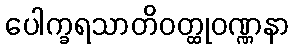
ပေါက္ခရသာတိဝတ္ထုဝဏ္ဏနာ